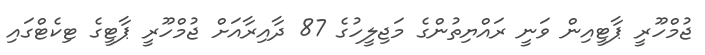
ޖުމްހޫރީ ޕާޓީއިން ވަނީ ރައްޔިތުންގެ މަޖިލީހުގެ 87 ދާއިރާއަށް ޖުމްހޫރީ ޕާޓީގެ ޓިކެޓްގައި